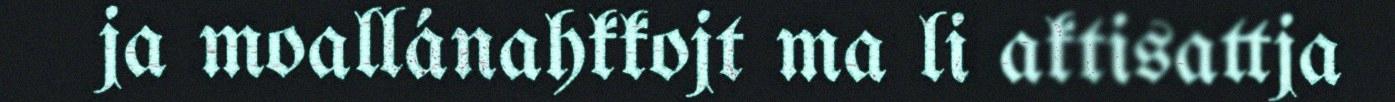
ja moallánahkkojt ma li aktisattja